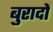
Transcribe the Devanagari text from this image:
बुरादों